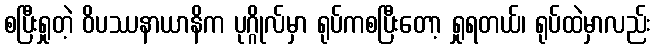
စပြီးရှုတဲ့ ဝိပဿနာယာနိက ပုဂ္ဂိုလ်မှာ ရုပ်ကစပြီးတော့ ရှုရတယ်၊ ရုပ်ထဲမှာလည်း